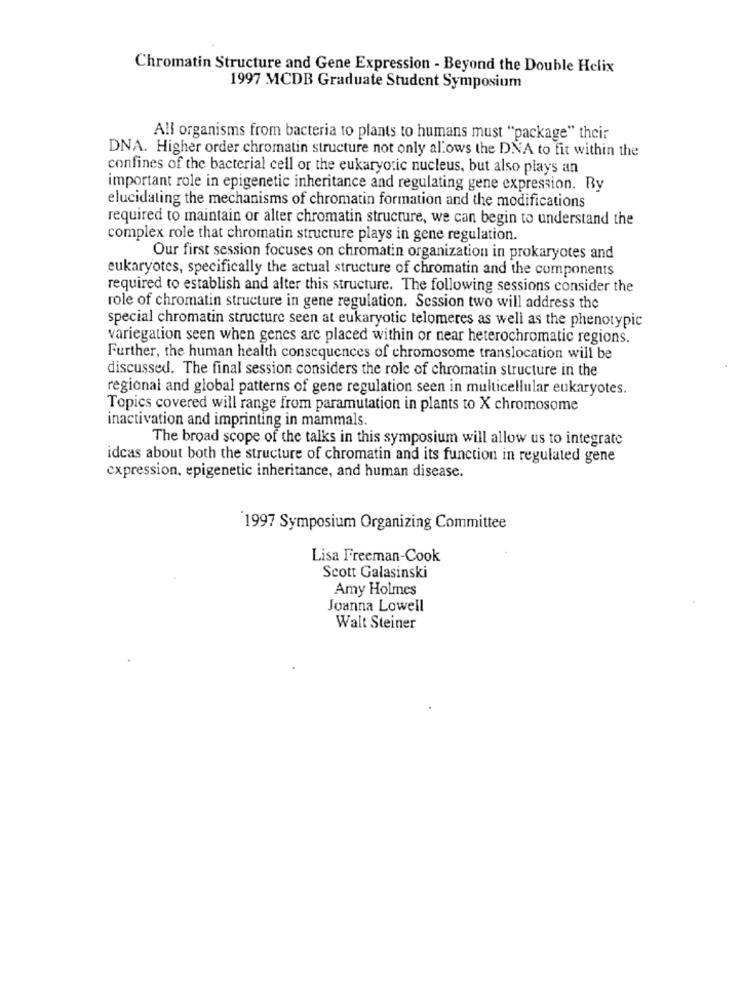
Chromatin Structure and Gene Expression - Beyond the Double Helix
1997 MCDB Graduate Student Symposium
All organisms from bacteria to plants to humans must "package" their
DNA. Higher order chromatin structure not only allows the DNA to fit within the
confines of the bacterial cell or the eukaryotic nucleus, but also plays an
important role in epigenetic inheritance and regulating gene expression. Ry
elucidating the mechanisms of chromatin formation and the modifications
required to maintain or alter chromatin structure, we can begin to understand the
complex role that chromatin structure plays in gene regulation.
Our first session focuses on chromatin organization in prokaryotes and
eukaryotes, specifically the actual structure of chromatin and the components
required to establish and alter this structure. The following sessions consider the
role of chromatin structure in gene regulation. Session two will address the
special chromatin structure seen at eukaryotic telomeres as well as the phenotypic
variegation seen when genes are placed within or near heterochromatic regions.
Further, the human health consequences of chromosome translocation will be
discussed. The final session considers the role of chromatin structure in the
regional and global patterns of gene regulation seen in multicellular eukaryotes.
Topics covered will range from paramutation in plants to X chromosome
inactivation and imprinting in mammals.
The broad scope of the talks in this symposium will allow us to integrate
ideas about both the structure of chromatin and its function in regulated gene
expression, epigenetic inheritance, and human disease.
1997 Symposium Organizing Committee
Lisa Freeman-Cook
Scott Galasinski
Amy Holmes
Joanna Lowell
Walt Steiner